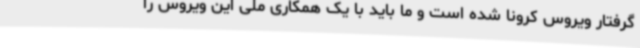
گرفتار ویروس کرونا شده است و ما باید با یک همکاری ملی این ویروس را